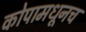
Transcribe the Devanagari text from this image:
कोपामधूनच